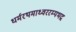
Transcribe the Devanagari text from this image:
धर्मरथमाध्वररम्यभद्र